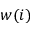
w ( i )